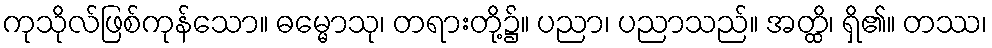
ကုသိုလ်ဖြစ်ကုန်သော။ ဓမ္မောသု၊ တရားတို့၌။ ပညာ၊ ပညာသည်။ အတ္ထိ၊ ရှိ၏။ တဿ၊